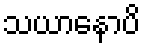
သယာနောပိ